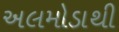
અલમોડાથી